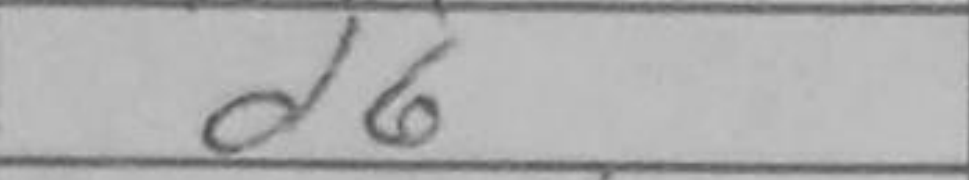
Transcription: d6